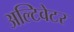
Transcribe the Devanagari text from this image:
अल्टिवेटर